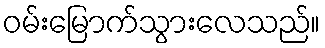
ဝမ်းမြောက်သွားလေသည်။